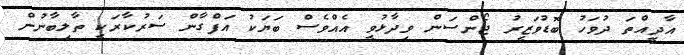
އާދީއްތަ ދުވަހު ބޮޑުވަޒީރު ޖޯންސަން ވިދާޅުވީ އެއްވެސް ބަޔަކު އަފްގާން ސަރުކާރަކީ ތާލިބާނުން